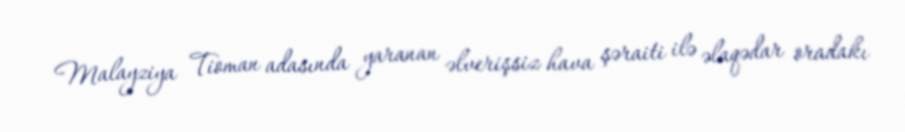
Malayziya Tioman adasında yaranan əlverişsiz hava şəraiti ilə əlaqədar oradakı